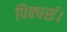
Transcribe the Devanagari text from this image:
पिक्चर्स।